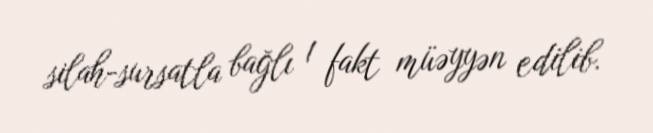
silah-sursatla bağlı 1 fakt müəyyən edilib.